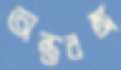
অন্তরঙ্গ